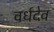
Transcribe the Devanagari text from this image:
वर्धदेव